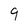
Character: 9